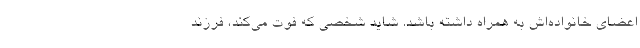
اعضای خانواده‌اش به همراه داشته باشد. شاید شخصی که فوت می‌کند، فرزند